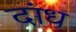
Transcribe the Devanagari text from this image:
दांध